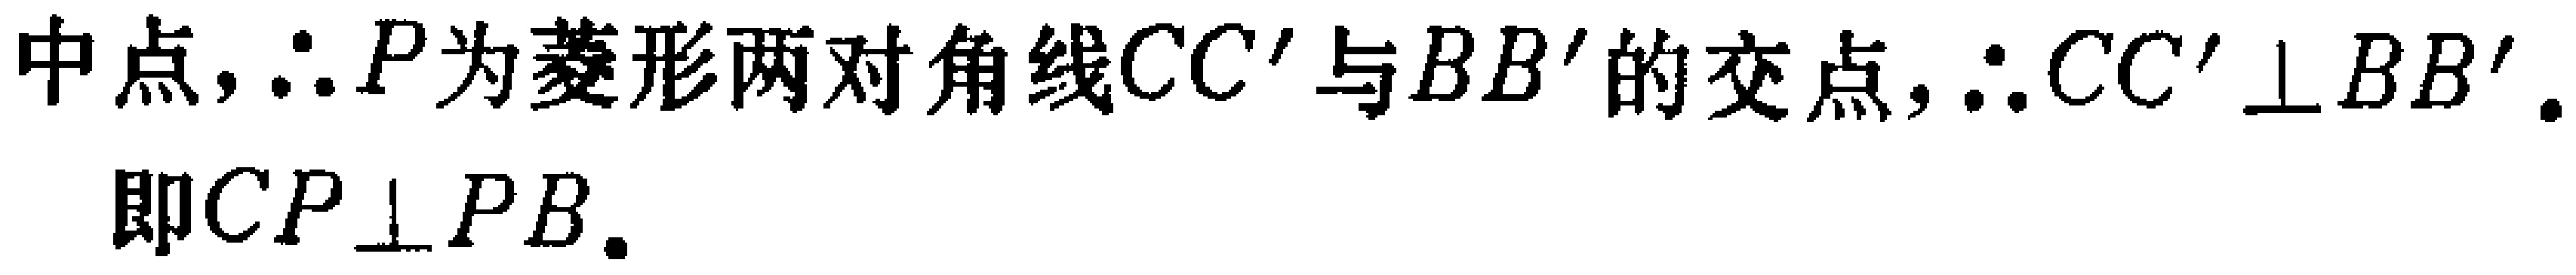
中点，\(\therefore P\)为菱形两对角线\(CC'\)与\(BB'\)的交点，\(\therefore CC'\perp BB'\)。

即\(CP\perp PB\)。